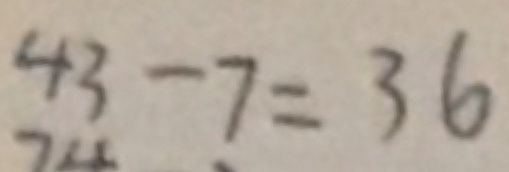
4 3 - 7 = 3 6